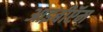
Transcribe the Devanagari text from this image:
आइबीऍम